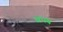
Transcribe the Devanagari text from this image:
अन्‍त्‍य